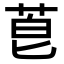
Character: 𫈇